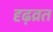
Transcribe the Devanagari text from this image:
दृढ़व्रत